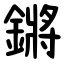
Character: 鏘